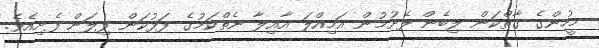
މީހުންގެ ގާތްކަން ލިބެން ފެށުމުން އަމިއްލަ އާއިލާ ނެތްކަމުގެ ފަޅުކަން ފިލަން ފެށިއެވެ.